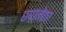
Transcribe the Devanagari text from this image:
छपानेका